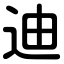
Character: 迪